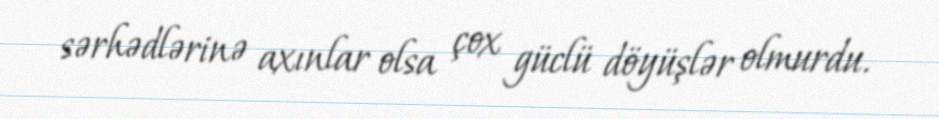
sərhədlərinə axınlar olsa çox güclü döyüşlər olmurdu.